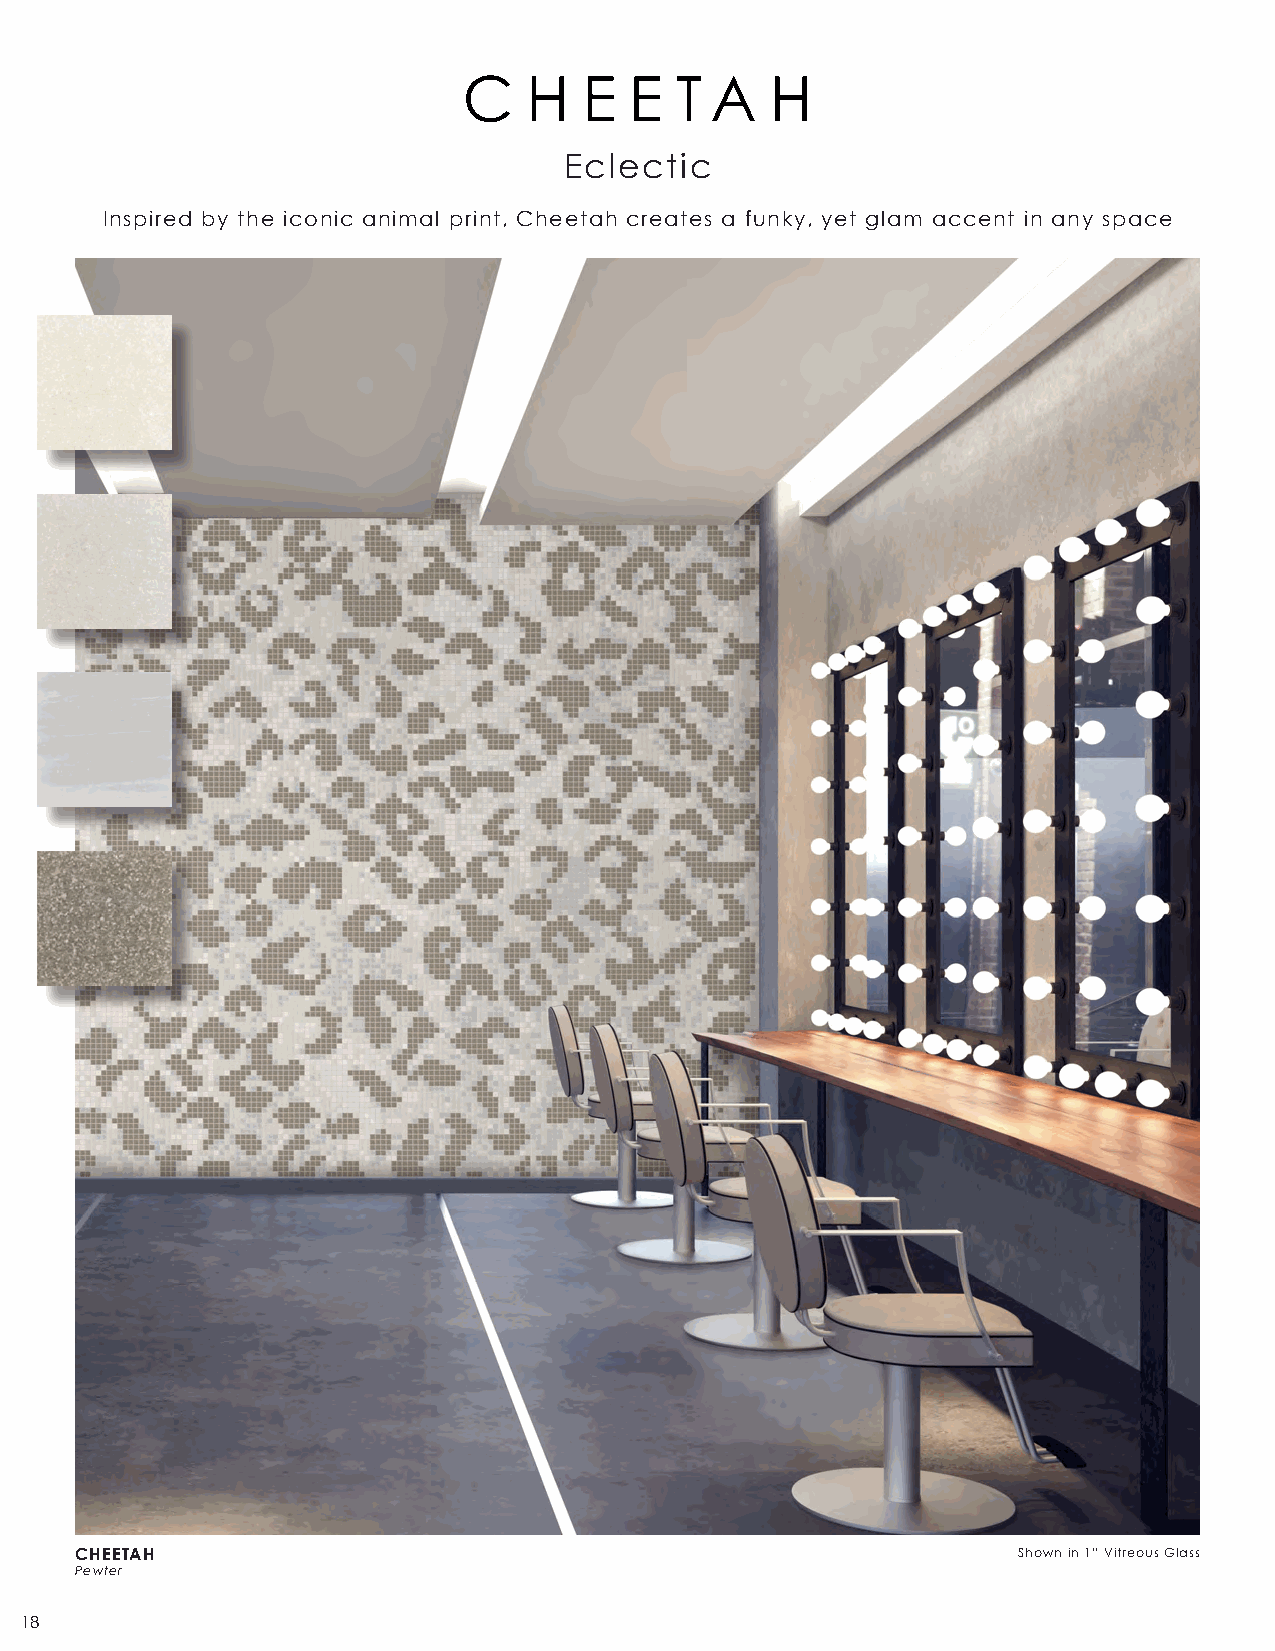
C   H   E  E  T A   H
 Eclectic
 Inspired by the iconic animal print, Cheetah creates a funky, yet glam accent in any space
 CHEETAH                                                       Shown in 1” Vitreous Glass
 Pewter
 18